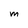
Character: M